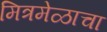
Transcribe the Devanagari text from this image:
मित्रमेळाचा